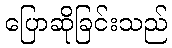
ပြောဆိုခြင်းသည်